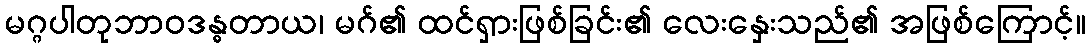
မဂ္ဂပါတုဘာဝဒန္ဓတာယ၊ မဂ်၏ ထင်ရှားဖြစ်ခြင်း၏ လေးနှေးသည်၏ အဖြစ်ကြောင့်။